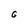
Character: G